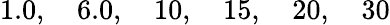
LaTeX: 1.0,\quad 6.0,\quad 10,\quad 15,\quad 20,\quad 30